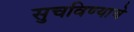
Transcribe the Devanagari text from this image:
सुचविण्याचे